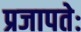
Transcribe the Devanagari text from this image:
प्रजापतेः